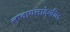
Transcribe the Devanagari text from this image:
लावायलादेखील